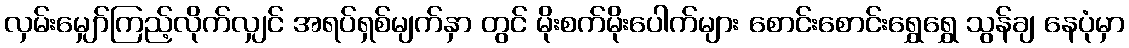
လှမ်းမျှော်ကြည့်လိုက်လျှင် အရပ်ရှစ်မျက်နှာ တွင် မိုးစက်မိုးပေါက်များ စောင်းစောင်းရွှေရွှေ သွန်ချ နေပုံမှာ